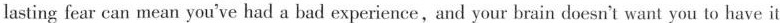
lasting fear can mean you've had a bad experience,and your brain doesn't want you to have it